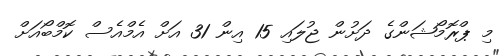
މި ޕްރޮމޯޝަންގެ ދަށުން ޖުލައި 15 އިން 31 އަށް އެމްއެސް ކޮމްބޯއަށް